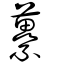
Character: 虆